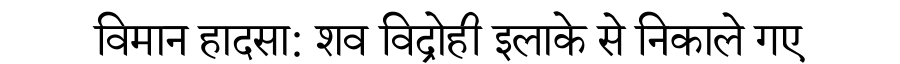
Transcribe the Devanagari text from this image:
विमान हादसा: शव विद्रोही इलाके से निकाले गए